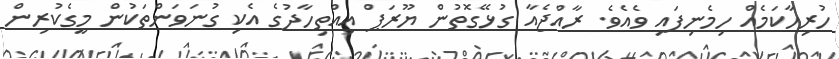
ހުރިހާކަމެއް ހިމެނިފައި ވެއެވެ. ރާއްޖެއާ ގުޅޭގޮތުން ޔޫރަޕް އިއްތިހާދުގެ އެކި ގުނަވަންތަކުން މީގެކުރިން